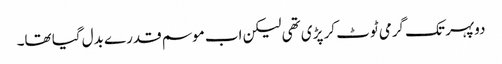
دوپہر تک گرمی ٹوٹ کر پڑی تھی لیکن اب موسم قدرے بدل گیا تھا۔